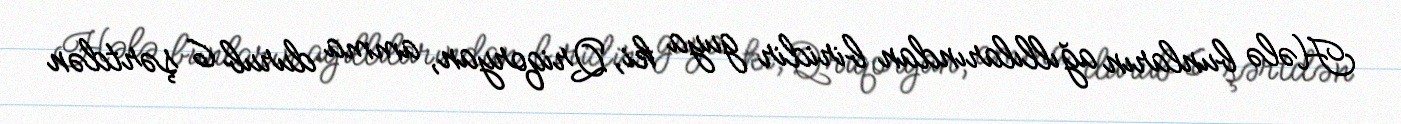
Hələ bunların ağıllılarından biridir guya ki, Qriqoryan, amma durub 6 şərtdən